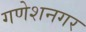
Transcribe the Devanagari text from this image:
गणेशनगर